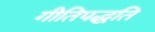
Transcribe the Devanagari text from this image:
गीतिपद्धति